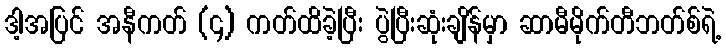
ဒါ့အပြင် အနီကတ် (၄) ကတ်ထိခဲ့ပြီး ပွဲပြီးဆုံးချိန်မှာ ဆာမီမိုက်တီဘတ်စ်ရဲ့